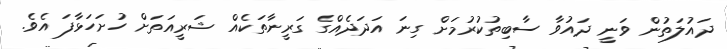
ދައުލަތުން ވަނީ ދައުވާ ސާބިތުކުރުމަށް ގިނަ އަދަދެއްގެ ގަރީނާތަކެއް ޝަރީއަތަށް ހުށަހަޅާފަ އެވެ.